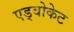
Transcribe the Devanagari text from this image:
एड्वोकेट